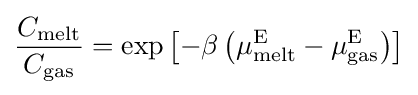
{\frac {C_{\text{melt}}}{C_{\text{gas}}}}=\exp \left[-\beta \left(\mu _{\text{melt}}^{\text{E}}-\mu _{\text{gas}}^{\text{E}}\right)\right]